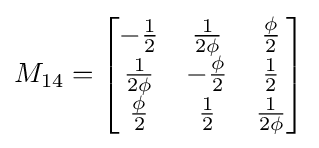
M_{14}={\begin{bmatrix}-{\frac {1}{2}}&{\frac {1}{2\phi }}&{\frac {\phi }{2}}\\{\frac {1}{2\phi }}&-{\frac {\phi }{2}}&{\frac {1}{2}}\\{\frac {\phi }{2}}&{\frac {1}{2}}&{\frac {1}{2\phi }}\end{bmatrix}}